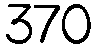
370